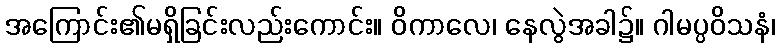
အကြောင်း၏မရှိခြင်းလည်းကောင်း။ ဝိကာလေ၊ နေလွဲအခါ၌။ ဂါမပ္ပဝိသနံ၊